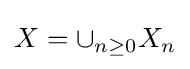
X=\cup _{n\geq 0}X_{n}